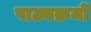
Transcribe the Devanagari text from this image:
पाठ्यक्रमोँ